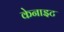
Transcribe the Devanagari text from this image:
केनाइट